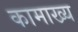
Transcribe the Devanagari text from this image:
कामाख्य